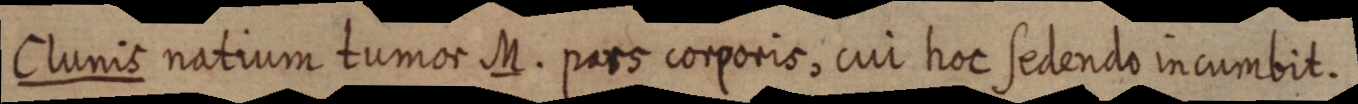
Clunis natium tumor M. pars corporis, cui hoc sedendo in cumbit.